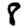
Digit: 8